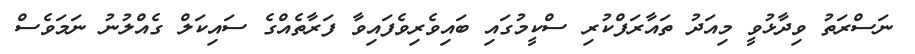
ނަސްރަތު ވިދާޅުވީ މިއަދު ތައާރަފްކުރި ސްކީމުގައި ބައިވެރިވެފައިވާ ފަރާތެއްގެ ސައިކަލް ގެއްލުނު ނަމަވެސް